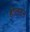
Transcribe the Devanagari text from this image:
होलटन